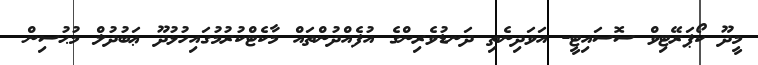
މީދޫ ކޯޕަރޭޓިވް ސޮސައިޓީ- އަވަދިނެތި ދަނޑުވެރިންގެ އުފެއްދުންތައް މާކެޓްކުރުމުގައިހުޅުދޫ ޢަބުދުލް މުޙުސިން